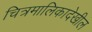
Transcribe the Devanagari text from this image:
चित्रमालिकादेखील